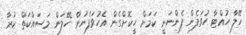
ހޭލާ ހުއްޓާ ހުވަފެން ފެންނަނީ ކަމަށް ހީކޮށްގެން އެހުވަފެނުން ހޭލަން މަސައްކަތް ކުރާ